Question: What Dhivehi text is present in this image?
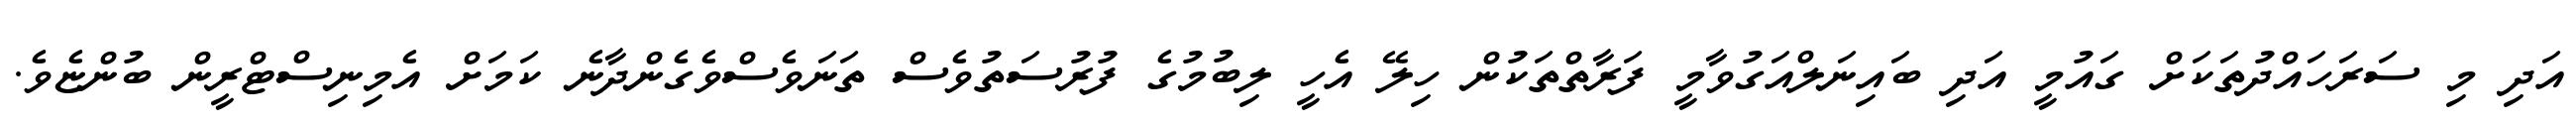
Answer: އަދި މި ސަރަހައްދުތަކަށް ގައުމީ އަދި ބައިނަލްއަގުވާމީ ފަރާތްތަކުން ހިލޭ އެހީ ލިބުމުގެ ފުރުސަތުވެސް ތަނަވެސްވެގެންދާނެ ކަމަށް އެމިނިސްޓްރީން ބުންޏެވެ.